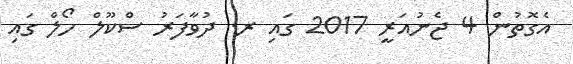
އެގޮތުން 4 ޖެނުއަރީ 2017 ގައި ރ. ދުވާފަރު ސްކޫލް ހޯލް ގައި